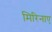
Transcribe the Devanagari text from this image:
मिरिनाए